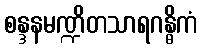
စန္ဒနမဏ္ဍိတသာရဂန္ဓိကံ